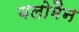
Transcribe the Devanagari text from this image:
यलोमैन